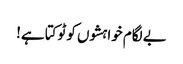
بے لگام خواہشوں کو ٹوکتا ہے!